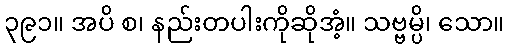
၃၉၁။ အပိ စ၊ နည်းတပါးကိုဆိုအံ့။ သဗ္ဗမ္ပိ၊ သော။